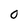
Character: 0